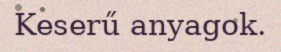
Keserű anyagok.